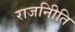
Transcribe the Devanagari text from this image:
राजनीिति